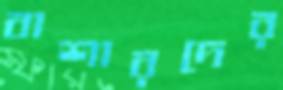
বাশারদের